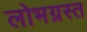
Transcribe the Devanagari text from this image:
लोभग्रस्त